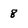
Character: 8